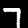
Digit: 7